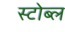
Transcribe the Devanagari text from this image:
स्टोब्ल